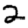
Digit: 2